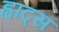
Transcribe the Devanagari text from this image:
ह्वाट्‍स